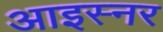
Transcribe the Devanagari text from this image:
आइस्नर